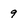
Character: 9